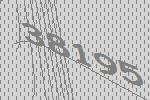
38195